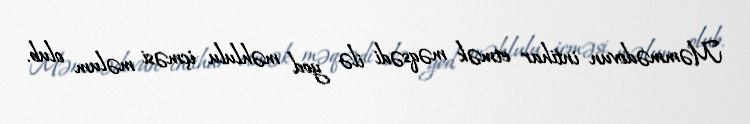
Məmmədovun intihar etmək məqsədi ilə yod məhlulu içməsi məlum olub.